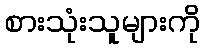
စားသုံးသူများကို